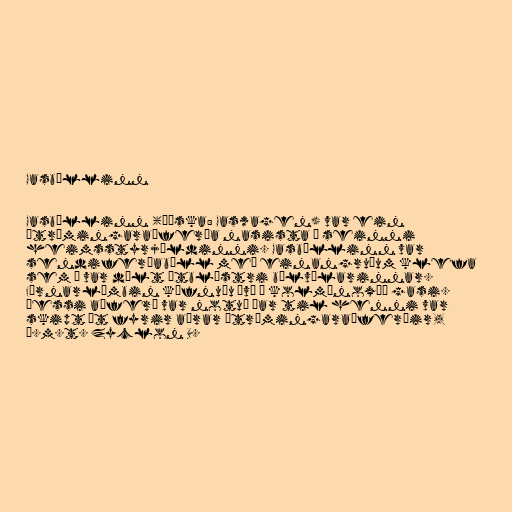
Gasbíllinn

Gasbíllinn (þýska: Gaswagen) var ein
útrýmingaraðferða nasista í seinni
heimsstyrjöldinni. Gasbíllinn var
sendiferðabíll með einangruðum klefa
sem í var dælt útblæstri bílvélarinnar.
Fórnarlömbin köfnuðu því í kolmónoxíð gasi.
Þessi aðferð var notuð þar til henni var
skipt út fyrir aðrar útrýmingaraðferðir,
þ.m.t. Zyclon B.